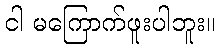
ငါ မကြောက်ဖူးပါဘူး။